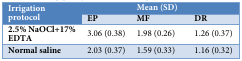
<table><thead><tr><td rowspan="2"><b>Irrigation protocol</b></td><td></td><td><b>Mean (SD)</b></td><td></td></tr><tr><td><b>EP</b></td><td><b>MF</b></td><td><b>DR</b></td></tr></thead><tbody><tr><td><b>2.5% NaOCl+17% EDTA</b></td><td>3.06 (0.38)</td><td>1.98 (0.26)</td><td>1.26 (0.37)</td></tr><tr><td><b>Normal saline</b></td><td>2.03 (0.37)</td><td>1.59 (0.33)</td><td>1.16 (0.32)</td></tr></tbody></table>